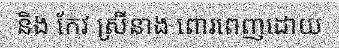
និង កែវ ស្រីនាង ពោរពេញដោយ